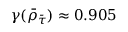
\gamma ( \bar { \rho } _ { \bar { \tau } } ) \approx 0 . 9 0 5